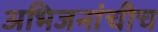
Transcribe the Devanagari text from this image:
अभिजनांचीच